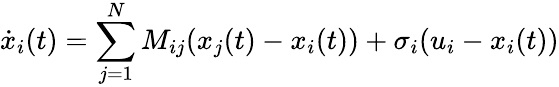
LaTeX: \dot{x}_{i}(t)=\sum_{j=1}^{N}M_{ij}(x_{j}(t)-x_{i}(t))+\sigma_{i}(u_{i}-x_{i}(t))